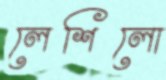
লেশিলো